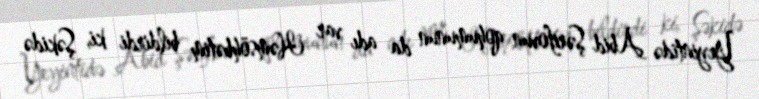
Yeyintidə Abid Şərifovun qohumunun da adı var Həmsöhbətim bildirdi ki, Şəkidə